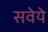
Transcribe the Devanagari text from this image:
सवेये